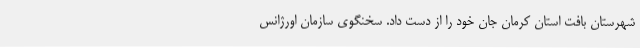
شهرستان بافت استان کرمان جان خود را از دست داد. سخنگوی سازمان اورژانس